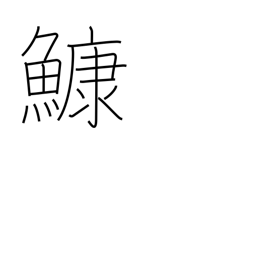
Meaning: anglerfish